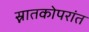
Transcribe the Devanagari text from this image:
स्नातकोपरांत